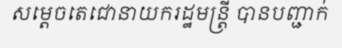
សម្តេចតេជោនាយករដ្ឋមន្ត្រី បានបញ្ជាក់